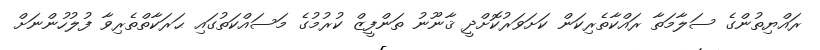
ރައްޔިތުންގެ ސަލާމަތާ ރައްކާތެރިކަން ކަށަވަރުކޮށްދީ ޤާނޫނު ތަންފީޒް ކުރުމުގެ މަސައްކަތުގައި ޙަރަކާތްތެރިވާ ފުލުހުންނަށް